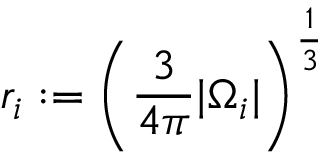
r _ { i } : = \left( \frac { 3 } { 4 \pi } | \Omega _ { i } | \right) ^ { \frac { 1 } { 3 } }